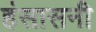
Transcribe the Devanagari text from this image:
हंसासनी